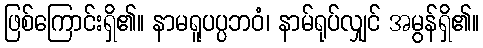
ဖြစ်ကြောင်းရှိ၏။ နာမရူပပ္ပဘဝံ၊ နာမ်ရုပ်လျှင် အမွန်ရှိ၏။